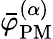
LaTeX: \bar{\varphi}_{\mathrm{PM}}^{(\alpha)}